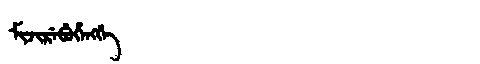
Manchu: ᠮᡳᠵᡳᡵᡝᠪᡠᡥᡝᠩᡤᡝ
Romanization: MIJIREBUHENGGE